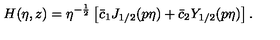
H ( \eta , z ) = \eta ^ { - \frac 1 2 } \left[ \bar { c } _ { 1 } J _ { 1 / 2 } ( p \eta ) + \bar { c } _ { 2 } Y _ { 1 / 2 } ( p \eta ) \right] .